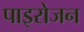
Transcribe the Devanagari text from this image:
पाइरोजन